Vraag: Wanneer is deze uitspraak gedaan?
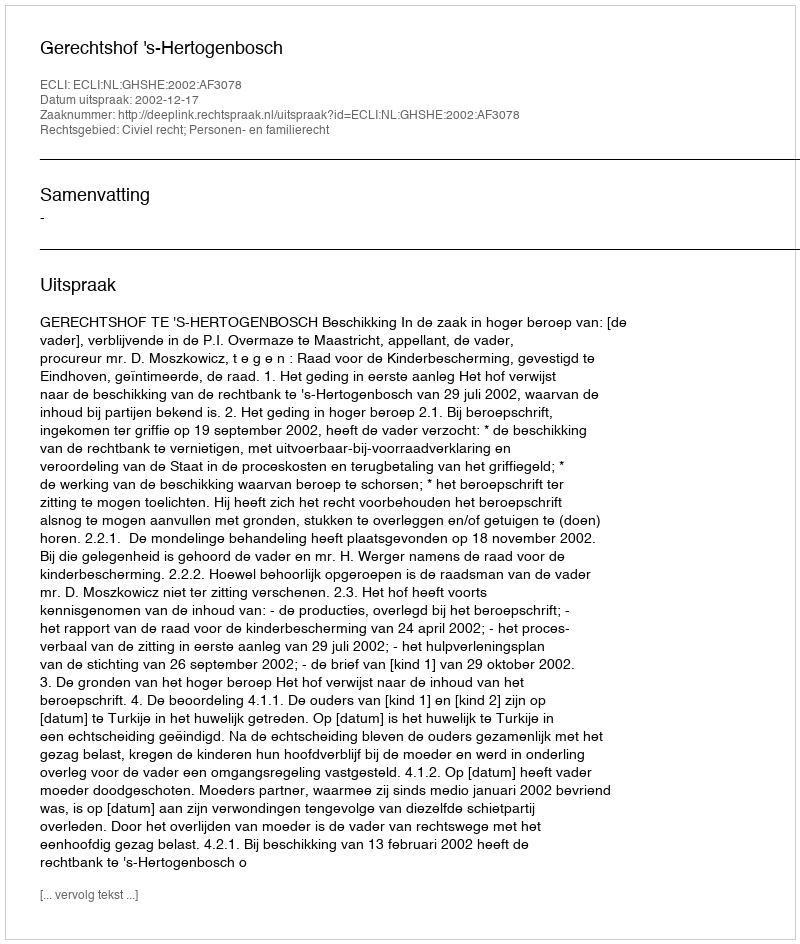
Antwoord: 2002-12-17